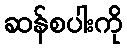
ဆန်စပါးကို